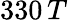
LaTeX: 330\, T